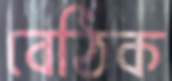
বেঠিক